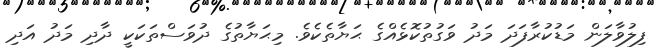
ފިލުވާލަން މަޑުކުރާފަދަ މަދު ވަގުތުކޮޅެއްގެ ޙަޔާތެކެވެ. މިޙަޔާތުގެ ދުވަސްތަކަކީ ދާދި މަދު އަދި